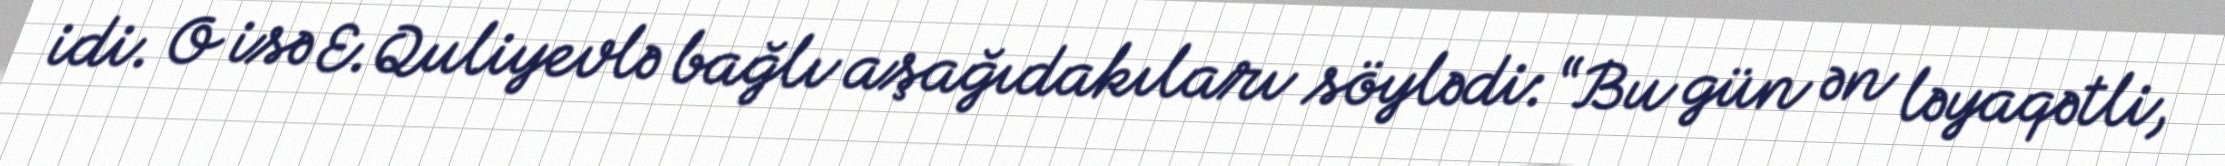
idi. O isə E.Quliyevlə bağlı aşağıdakıları söylədi: “Bu gün ən ləyaqətli,